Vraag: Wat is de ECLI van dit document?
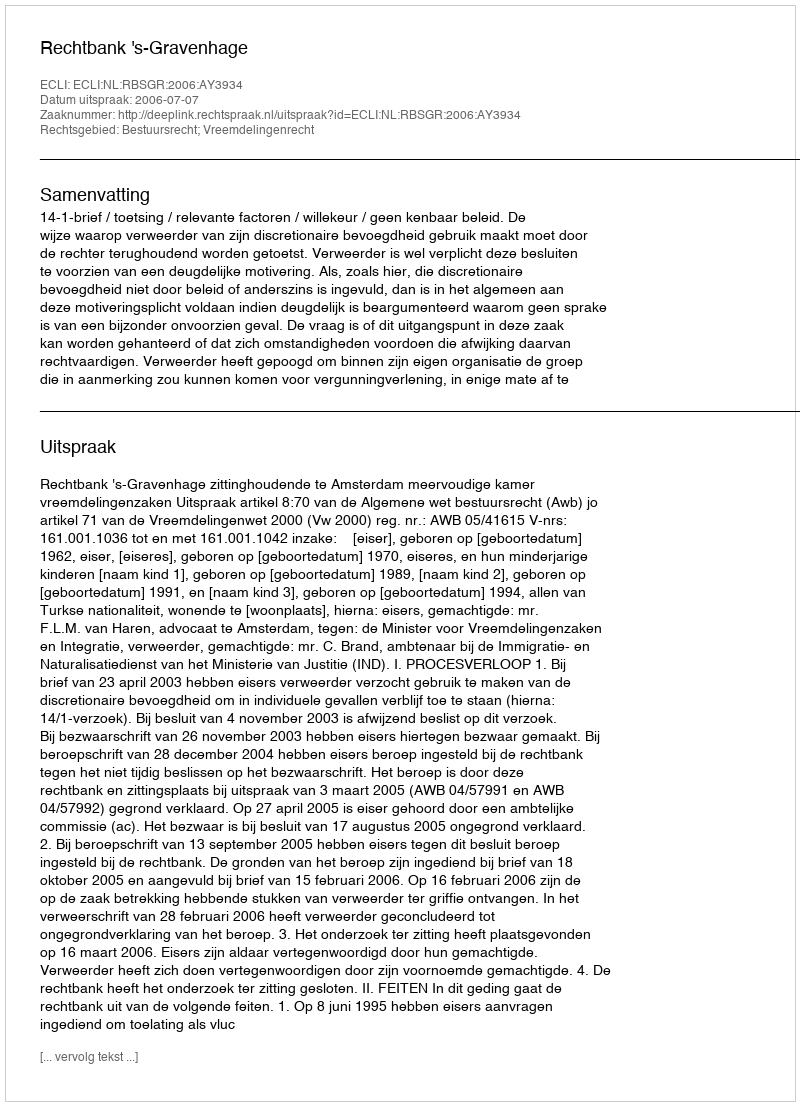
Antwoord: ECLI:NL:RBSGR:2006:AY3934